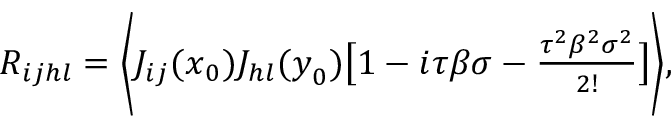
\begin{array} { r } { R _ { i j h l } = \bigg \langle J _ { i j } ( \boldsymbol { x } _ { 0 } ) J _ { h l } ( \boldsymbol { y } _ { 0 } ) \big [ 1 - i \tau \beta \sigma - \frac { \tau ^ { 2 } \beta ^ { 2 } \sigma ^ { 2 } } { 2 ! } \big ] \bigg \rangle , } \end{array}